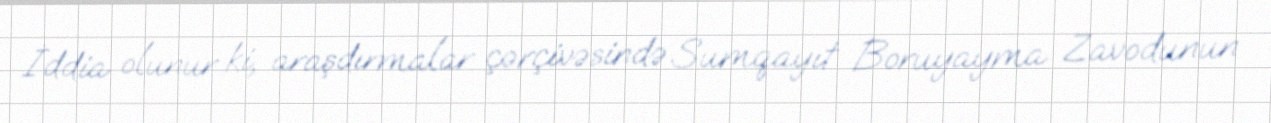
İddia olunur ki, araşdırmalar çərçivəsində Sumqayıt Boruyayma Zavodunun